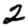
Digit: 2